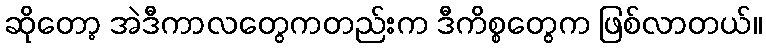
ဆိုတော့ အဲဒီကာလတွေကတည်းက ဒီကိစ္စတွေက ဖြစ်လာတယ်။